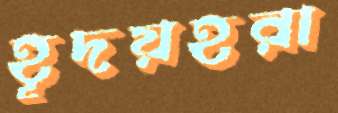
হূদয়হরা